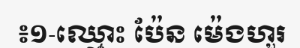
៖១-ឈ្មោះ ប៉ែន ម៉េងហួរ